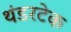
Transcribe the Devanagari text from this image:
थंडरटेक